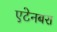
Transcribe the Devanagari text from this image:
एटेनबरा